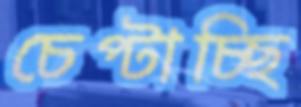
চেপ্‌টাচ্ছি